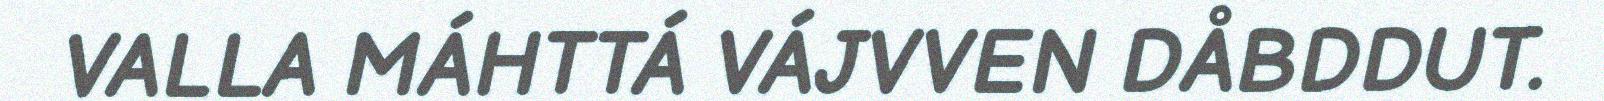
VALLA MÁHTTÁ VÁJVVEN DÅBDDUT.